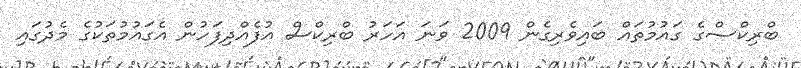
ބްރިކްސްގެ ގައުމުތައް ބައިވެރިގެން 2009 ވަނަ އަހަރު ބްރިކްސް އުފެއްދިފަހުން އެގައުމުތަކުގެ މެދުގައި